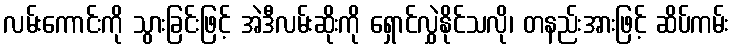
လမ်းကောင်းကို သွားခြင်းဖြင့် အဲဒီလမ်းဆိုးကို ရှောင်လွှဲနိုင်သလို၊ တနည်းအားဖြင့် ဆိပ်ကမ်း